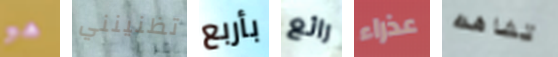
هو تظنينني بأربع رائع عذراء تشاهده